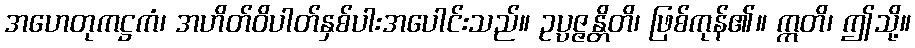
အဟေတုကဋ္ဌကံ၊ အဟိတ်ဝိပါတ်နှစ်ပါးအပေါင်းသည်။ ဥပ္ပဇ္ဇန္တိတိ၊ ဖြစ်ကုန်၏။ ဣတိ၊ ဤသို့။